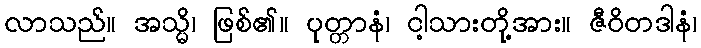
လာသည်။ အသ္မိ၊ ဖြစ်၏။ ပုတ္တာနံ၊ ငါ့သားတို့အား။ ဇီဝိတဒါနံ၊